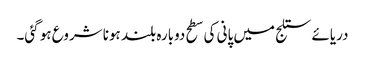
دریائے ستلج میں پانی کی سطح دوبارہ بلند ہونا شروع ہو گئی۔